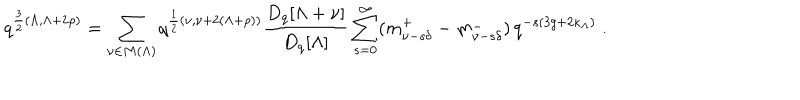
q ^ { \frac { 3 } { 2 } ( \Lambda , \Lambda + 2 \rho ) } = \sum _ { \nu \in M ( \Lambda ) } q ^ { \frac { 1 } { 2 } ( \nu , \nu + 2 ( \Lambda + \rho ) ) } \frac { D _ { q } [ \Lambda + \nu ] } { D _ { q } [ \Lambda ] } \sum _ { s = 0 } ^ { \infty } ( m _ { \nu - s \delta } ^ { + } - m _ { \nu - s \delta } ^ { - } ) \, q ^ { - s ( 3 g + 2 \kappa _ { \Lambda } ) } \; .